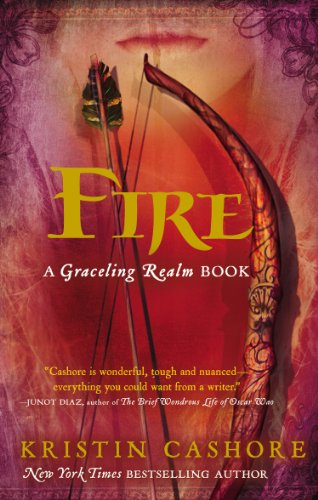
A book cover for Fire (A Companion to Graceling); Kristin Cashore; Teen & Young Adult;